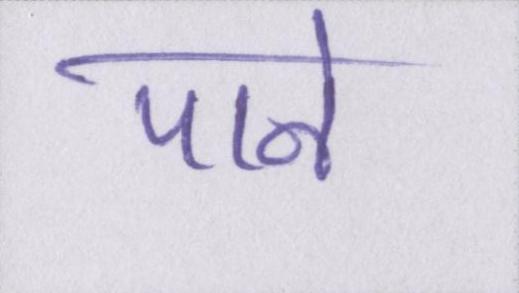
पाने